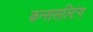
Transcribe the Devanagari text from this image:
कन्ससल्टिंग